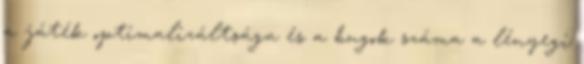
a játék optimalizáltsága és a bugok száma a lényegi